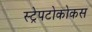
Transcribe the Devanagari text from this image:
स्ट्रेपटोकोकस